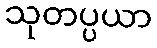
သုတပ္ပယာ